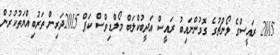
2015 ރައީސްގެ ލޯންޗުގެ ގޮވުންނައިބު ރައީސް އަދީބުކްލަބް މޯލްޑިވްސް ކަޕް 2015ދަރިން ތަރުބިއްޔަތުކުރުން